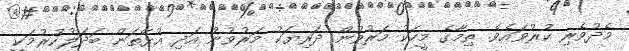
މެދުވެރި ކުރުވައެވެ. ތިމާގެ މީހަކު މަރުވުން ދަރިޔަކު މަރުވުން އަދި އުޅޭތަން ބަދަލުކުރުމަކީ